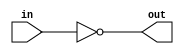
module coreir_not #(
    parameter width = 1
) (
    input [width-1:0] in,
    output [width-1:0] out
);
  assign out = ~in;
endmodule

module coreir_add #(
    parameter width = 1
) (
    input [width-1:0] in0,
    input [width-1:0] in1,
    output [width-1:0] out
);
  assign out = in0 + in1;
endmodule

module corebit_const #(
    parameter value = 1
) (
    output out
);
  assign out = value;
endmodule

module Add2_cout_cin (
    input [1:0] I0,
    input [1:0] I1,
    output [1:0] O,
    output COUT,
    input CIN
);
wire bit_const_0_None_out;
wire [2:0] coreir_add3_inst0_out;
wire [2:0] coreir_add3_inst1_out;
corebit_const #(
    .value(1'b0)
) bit_const_0_None (
    .out(bit_const_0_None_out)
);
wire [2:0] coreir_add3_inst0_in1;
assign coreir_add3_inst0_in1 = {bit_const_0_None_out,I1};
coreir_add #(
    .width(3)
) coreir_add3_inst0 (
    .in0(coreir_add3_inst1_out),
    .in1(coreir_add3_inst0_in1),
    .out(coreir_add3_inst0_out)
);
wire [2:0] coreir_add3_inst1_in0;
assign coreir_add3_inst1_in0 = {bit_const_0_None_out,bit_const_0_None_out,CIN};
wire [2:0] coreir_add3_inst1_in1;
assign coreir_add3_inst1_in1 = {bit_const_0_None_out,I0};
coreir_add #(
    .width(3)
) coreir_add3_inst1 (
    .in0(coreir_add3_inst1_in0),
    .in1(coreir_add3_inst1_in1),
    .out(coreir_add3_inst1_out)
);
assign O = coreir_add3_inst0_out[1:0];
assign COUT = coreir_add3_inst0_out[2];
endmodule

module Sub2_cout (
    input [1:0] I0,
    input [1:0] I1,
    output [1:0] O,
    output COUT
);
wire [1:0] Add2_cout_cin_inst0_O;
wire Add2_cout_cin_inst0_COUT;
wire [1:0] Invert2_inst0_out;
wire bit_const_1_None_out;
Add2_cout_cin Add2_cout_cin_inst0 (
    .I0(I0),
    .I1(Invert2_inst0_out),
    .O(Add2_cout_cin_inst0_O),
    .COUT(Add2_cout_cin_inst0_COUT),
    .CIN(bit_const_1_None_out)
);
coreir_not #(
    .width(2)
) Invert2_inst0 (
    .in(I1),
    .out(Invert2_inst0_out)
);
corebit_const #(
    .value(1'b1)
) bit_const_1_None (
    .out(bit_const_1_None_out)
);
assign O = Add2_cout_cin_inst0_O;
assign COUT = Add2_cout_cin_inst0_COUT;
endmodule